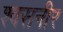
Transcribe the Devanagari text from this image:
श्वसनीर